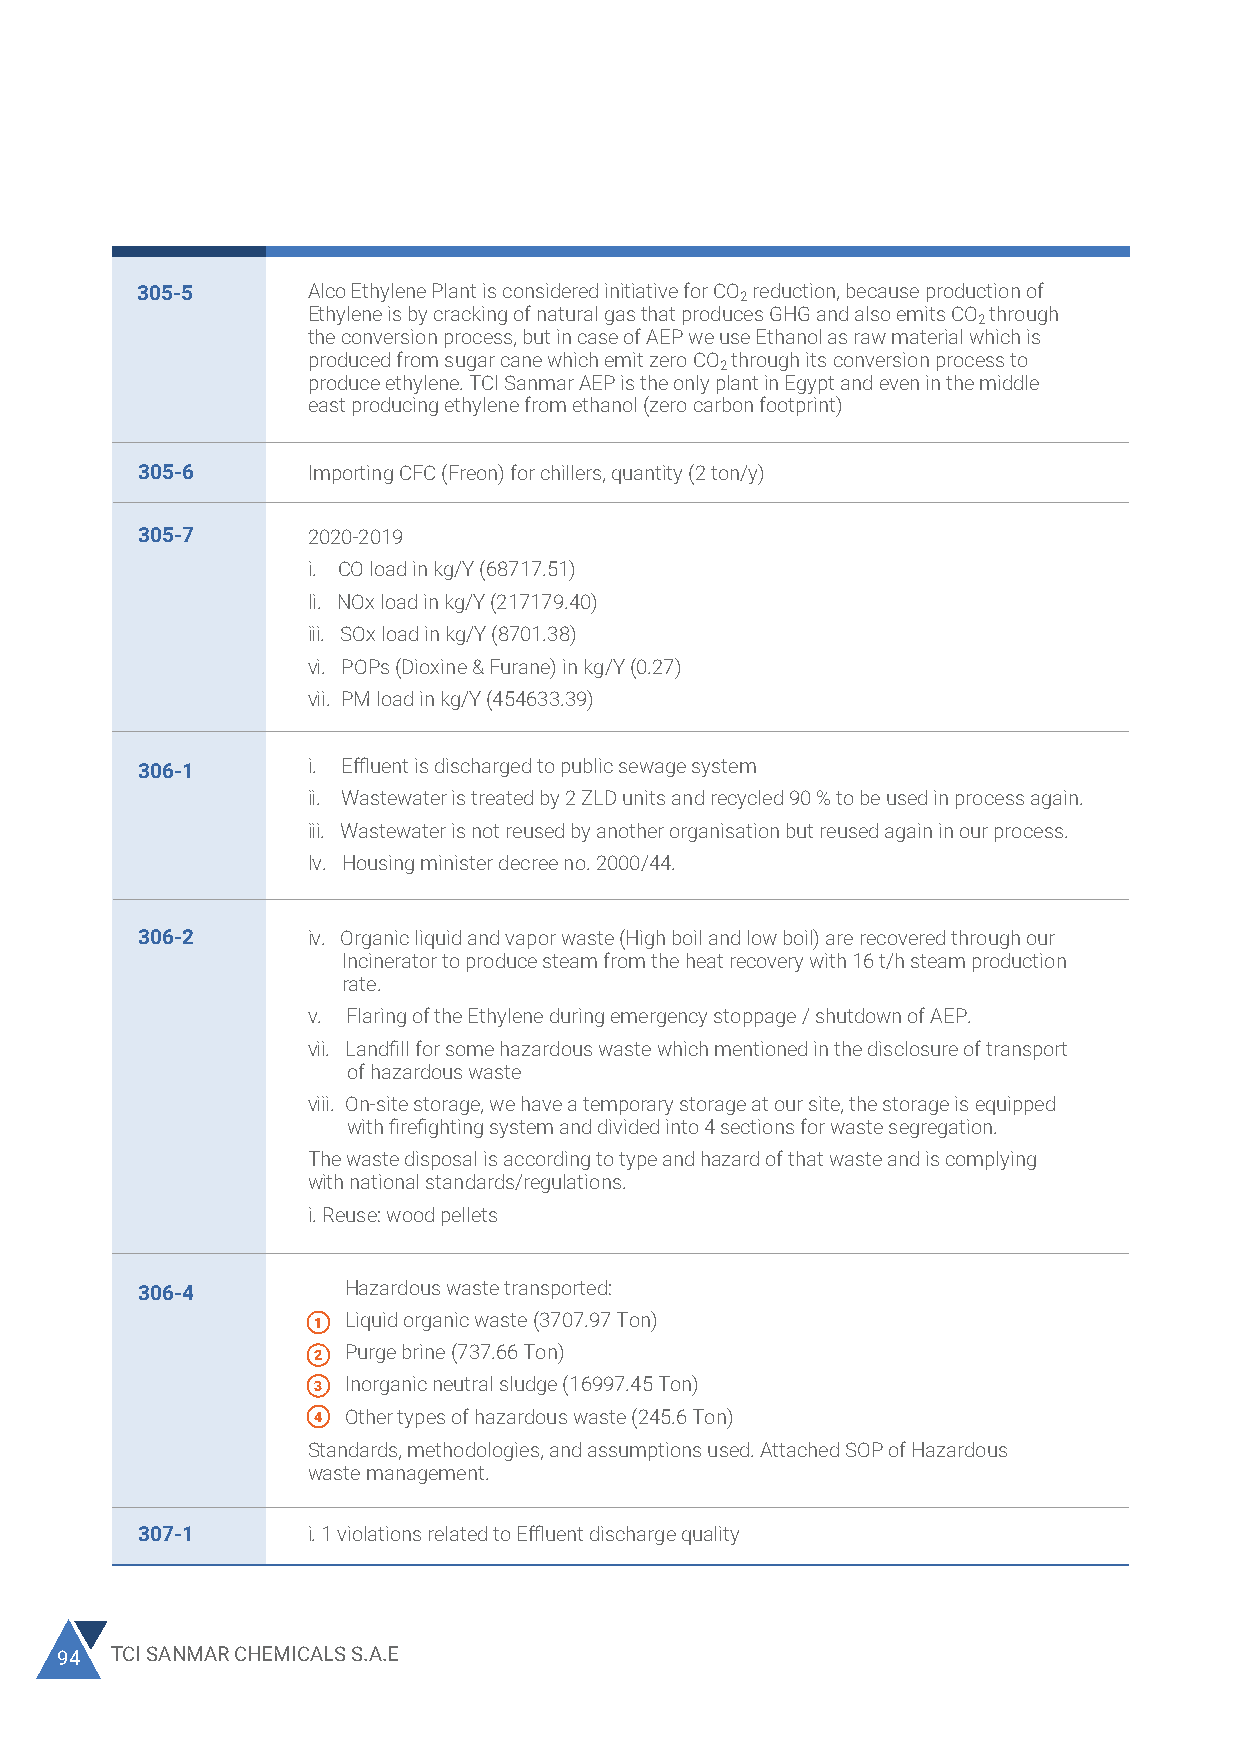
305-5      Alco Ethylene Plant is considered initiative for CO reduction, because production of
 2
 Ethylene is by cracking of natural gas that produces GHG and also emits CO through
 2
 the conversion process, but in case of AEP we use Ethanol as raw material which is
 produced from sugar cane which emit zero CO through its conversion process to
 2
 produce ethylene. TCI Sanmar AEP is the only plant in Egypt and even in the middle
 east producing ethylene from ethanol (zero carbon footprint)
 305-6      Importing CFC (Freon) for chillers, quantity (2 ton/y)
 305-7      2020-2019
 i. CO load in kg/Y (68717.51)
 Ii. NOx load in kg/Y (217179.40)
 iii. SOx load in kg/Y (8701.38)
 vi. POPs (Dioxine & Furane) in kg/Y (0.27)
 vii. PM load in kg/Y (454633.39)
 306-1      i. Effluent is discharged to public sewage system
 ii. Wastewater is treated by 2 ZLD units and recycled 90 % to be used in process again.
 iii. Wastewater is not reused by another organisation but reused again in our process.
 Iv. Housing minister decree no. 2000/44.
 306-2      iv. Organic liquid and vapor waste (High boil and low boil) are recovered through our
 Incinerator to produce steam from the heat recovery with 16 t/h steam production
 rate.
 v. Flaring of the Ethylene during emergency stoppage / shutdown of AEP.
 vii. Landfill for some hazardous waste which mentioned in the disclosure of transport
 of hazardous waste
 viii. On-site storage, we have a temporary storage at our site, the storage is equipped
 with firefighting system and divided into 4 sections for waste segregation.
 The waste disposal is according to type and hazard of that waste and is complying
 with national standards/regulations.
 i.Reuse: wood pellets
 330066--44    Hazardous waste transported:
 1 Liquid organic waste (3707.97 Ton)
 2 Purge brine (737.66 Ton)
 3 Inorganic neutral sludge (16997.45 Ton)
 4 Other types of hazardous waste (245.6 Ton)
 Standards, methodologies, and assumptions used. Attached SOP of Hazardous
 waste management.
 307-1      i.1 violations related to Effluent discharge quality
 94 TCI SANMAR CHEMICALS S.A.E                                                                                                         2020 SUSTAINABILITY REPORT 95